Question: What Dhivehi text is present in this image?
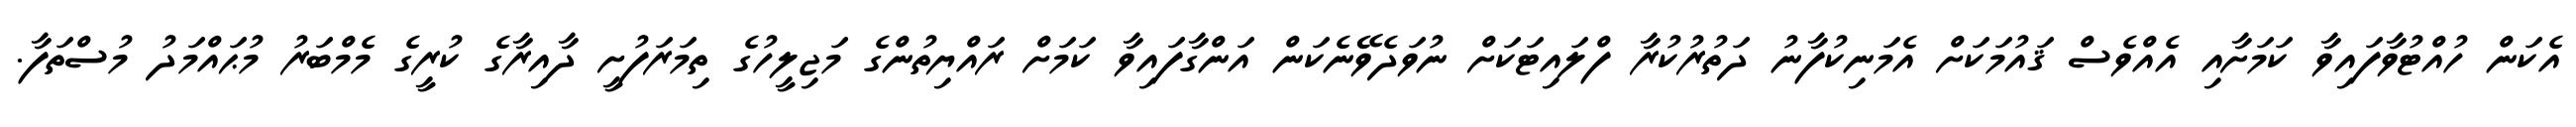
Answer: އެކަން ހުއްޓުވާފައިވާ ކަމަށާއި އެއްވެސް ޤައުމަކަށް އެމަނިކުފާނު ދަތުރުކުރާ ފްލައިޓަކަށް ނުވަދެވޭނެކަން އަންގާފައިވާ ކަމަށް ރައްޔިތުންގެ މަޖިލީހުގެ ތިމަރަފުށީ ދާއިރާގެ ކުރީގެ މެމްބަރު މުޙައްމަދު މުސްތަފާ.